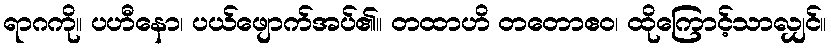
ရာဂကို။ ပဟီနော၊ ပယ်ဖျောက်အပ်၏။ တထာဟိ တတောဧဝ၊ ထိုကြောင့်သာလျှင်။